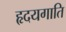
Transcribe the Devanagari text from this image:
हृदयगाति